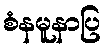
စံနမူနာပြ